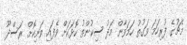
މެޗުގެ ފުރިހަމަ ވަގުތު ހަމަވާން މަދު ސިކުންތު ކޮޅަކަށް ވެފައި ވަނިކޮށް ރަސްދޫ